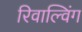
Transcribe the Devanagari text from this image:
रिवाल्विंग